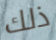
ذلك